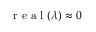
\mathrm { ~ r ~ e ~ a ~ l ~ } ( \lambda ) \approx 0